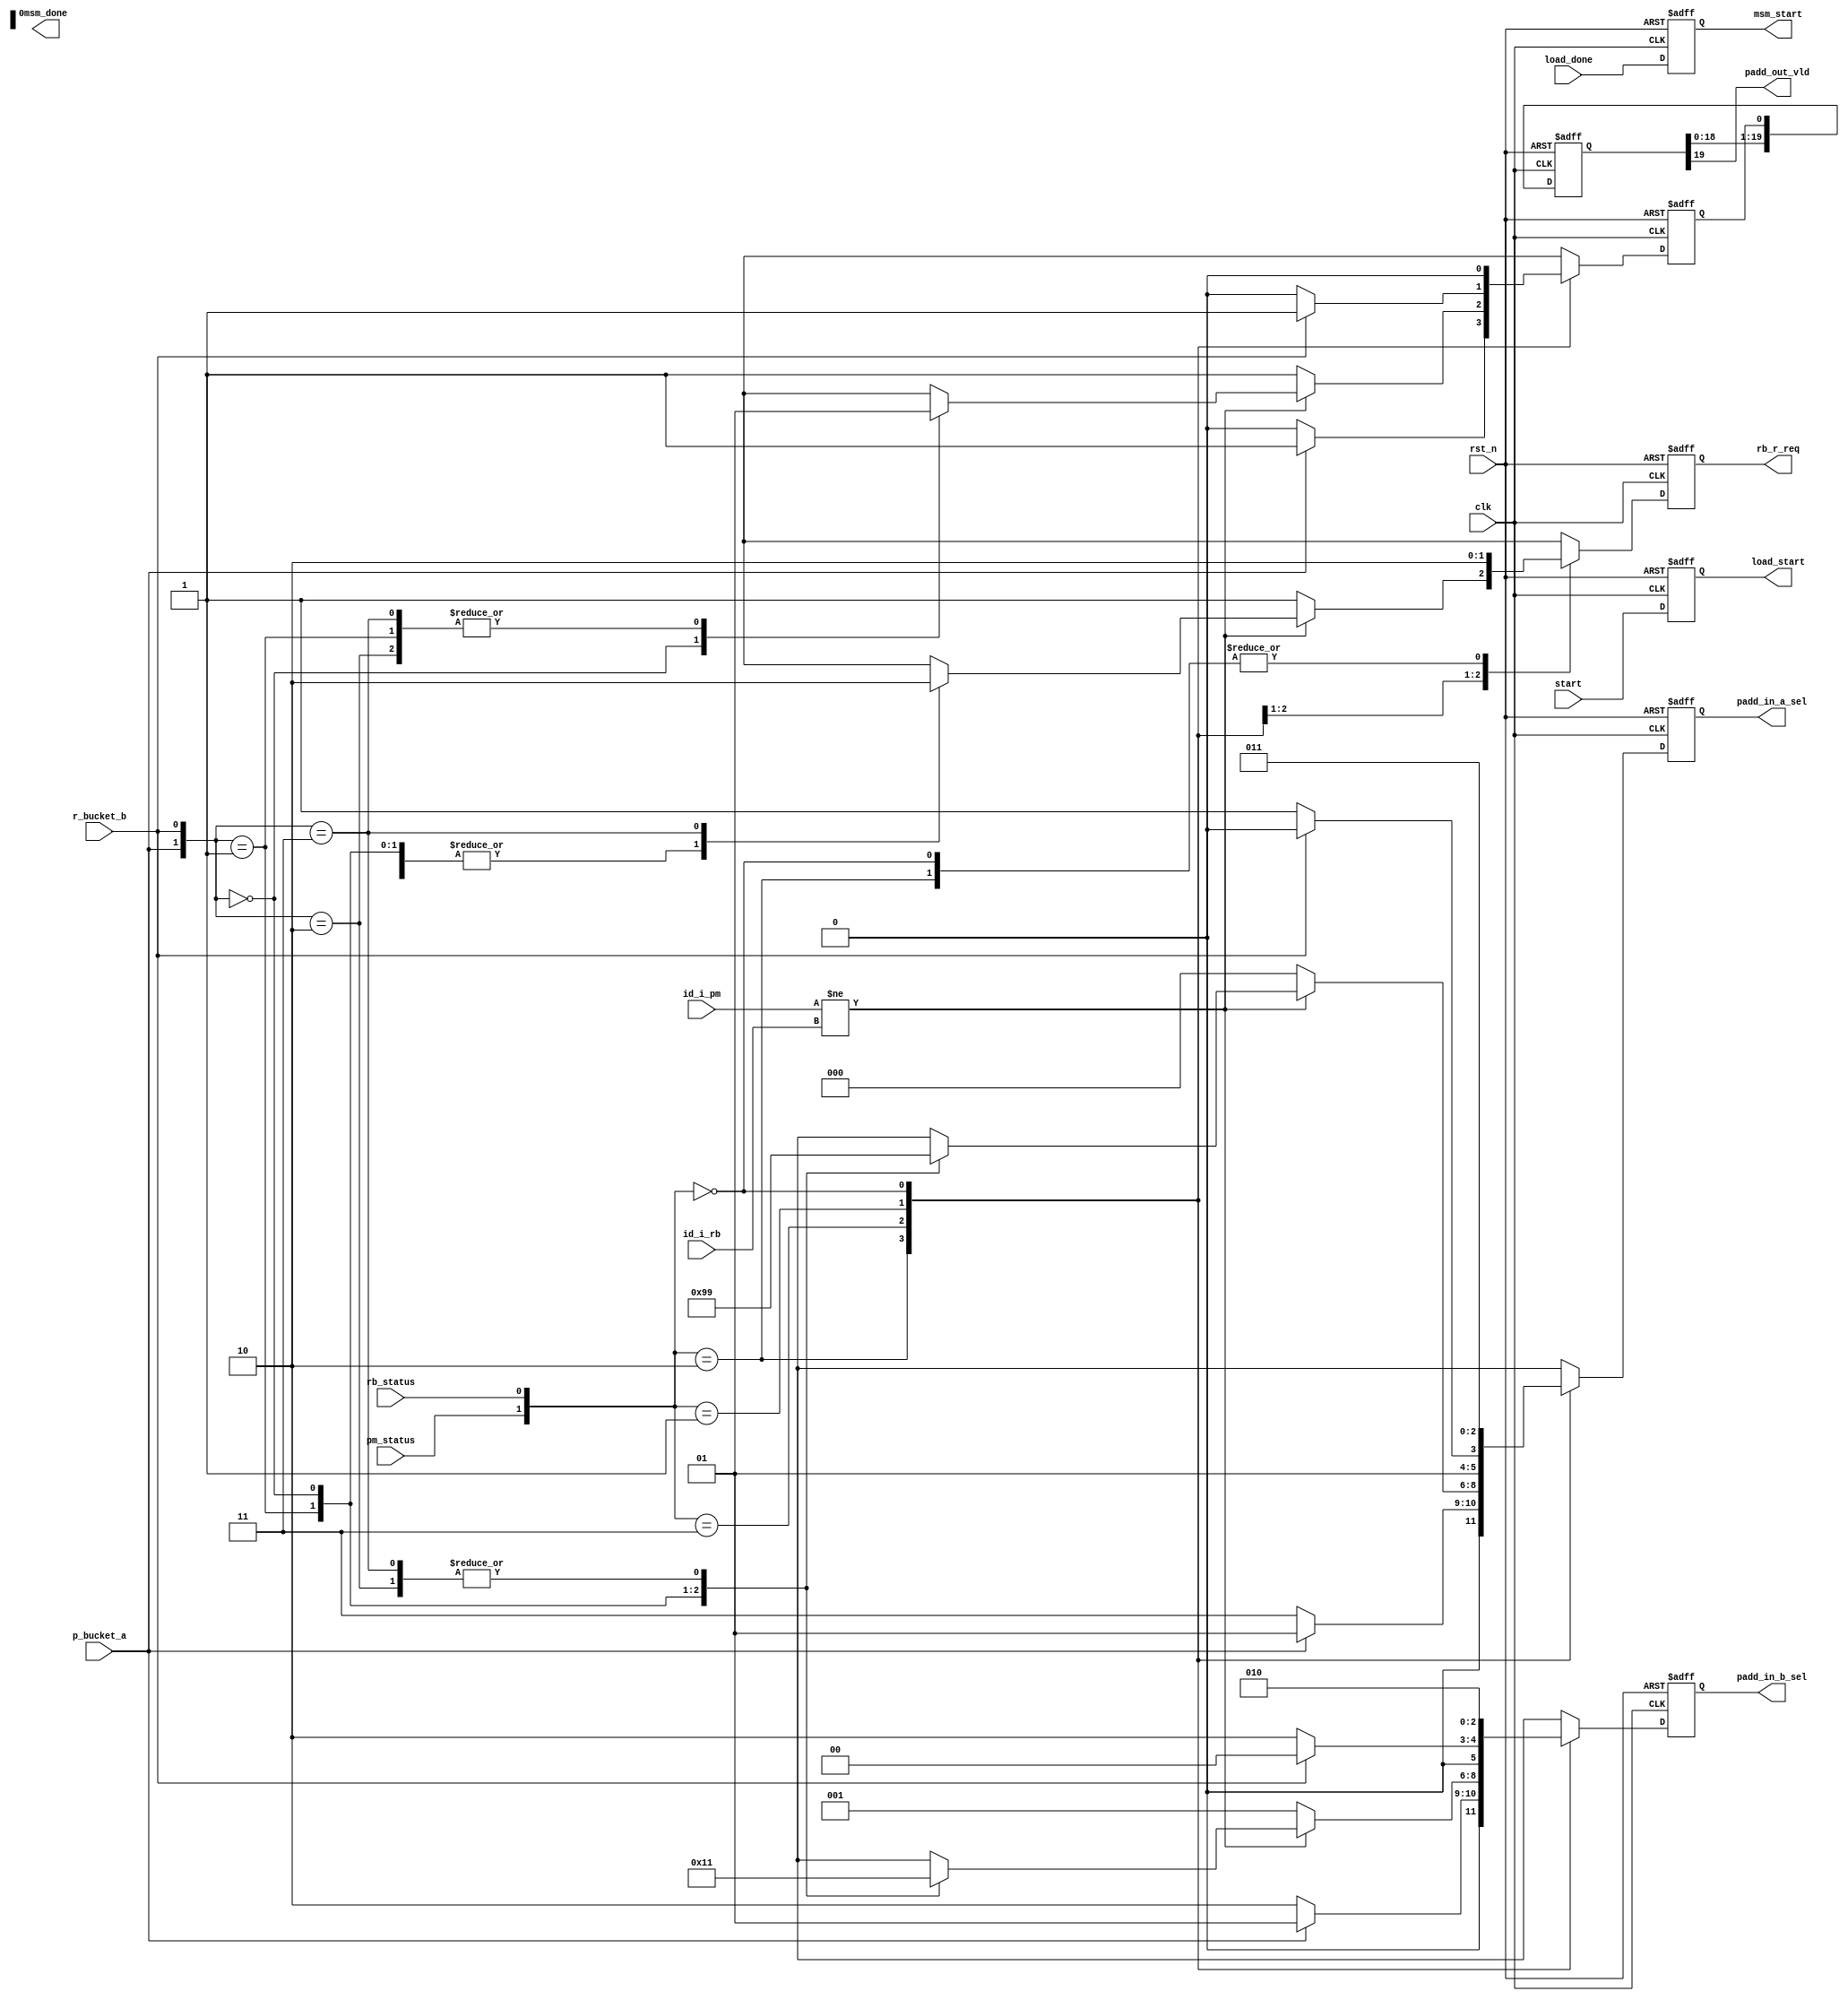
module msm_ctrl#(parameter WIDTH_ID = 2, parameter WIDTH_DATA = 384, parameter P_NUM = 16, parameter PADD_LATENCY = 21)(
    input                     clk            ,
    input                     rst_n          ,
    input                     start          , //start loading
    input                     load_done      ,
    input      [WIDTH_ID-1:0] id_i_pm        , //id from point_mem
    input      [WIDTH_ID-1:0] id_i_rb        , //id from result_buffer
    input                     p_bucket_a     ,
    input                     r_bucket_b     ,
    input                     pm_status      ,
    input                     rb_status      ,
    output reg                msm_start      ,
    output reg                load_start     ,
    //output                    bucket_in_sel  , //not necessary
    output                    msm_done       ,
    output                    padd_out_vld   , //indicates when result buffer should write this data in
    output reg                rb_r_req       , //indicates when result buffer should read a data out
    output reg [         2:0] padd_in_a_sel  , //padd_in_sel0
    output reg [         2:0] padd_in_b_sel    //padd_in_sel1
);
    integer i;
    reg [PADD_LATENCY-1:0] padd_out_vld_r;
    always @ (posedge clk or negedge rst_n) begin //padd_out_vld_r[0],means input vld
        if (!rst_n) begin                 padd_out_vld_r[0]<=0; rb_r_req <= 0;  end
        else begin
            case({pm_status, rb_status})
                2'b 10: begin //case0a and case0b
                    if(p_bucket_a) begin  padd_out_vld_r[0]<=1; rb_r_req <= 0;  end //case0b
                    else           begin  padd_out_vld_r[0]<=0; rb_r_req <= 0;  end //case0a
                end
                2'b 11:begin //case1 and case2(a,b,c,d)
                    if (id_i_pm != id_i_rb) begin //case2(a,b,c,d)
                        case({p_bucket_a, r_bucket_b})
                            2'b 10: begin padd_out_vld_r[0]<=1; rb_r_req <= 1;  end //case2a
                            2'b 01: begin padd_out_vld_r[0]<=1; rb_r_req <= 1;  end //case2b
                            2'b 00: begin padd_out_vld_r[0]<=0; rb_r_req <= 1;  end //case2c
                            2'b 11: begin padd_out_vld_r[0]<=1; rb_r_req <= 0;  end //case2d
                        endcase
                    end
                    else begin            padd_out_vld_r[0]<=1; rb_r_req <= 1;  end //case1
                end
                2'b 01: begin 
                    if (r_bucket_b) begin padd_out_vld_r[0]<=1; rb_r_req <= 1;  end //case3b
                    else            begin padd_out_vld_r[0]<=0; rb_r_req <= 1;  end //case3a
                end
                2'b 00: begin             padd_out_vld_r[0]<=0; rb_r_req <= 0;  end //case4
                default:begin             padd_out_vld_r[0]<=0; rb_r_req <= 0;  end
            endcase
        end
    end
    always@(posedge clk or negedge rst_n) begin //padd_out_vld_r[1] ~ padd_out_vld_r[PADD_LATENCY-1]
        if(!rst_n) padd_out_vld_r[PADD_LATENCY-1:1]<=0;
        else begin
            for(i=1;i<=PADD_LATENCY-1;i=i+1) begin
                padd_out_vld_r[i] <= padd_out_vld_r[i-1];
            end
        end
    end
    assign padd_out_vld =  padd_out_vld_r[PADD_LATENCY-1];
    always@(posedge clk or negedge rst_n)begin //msm start after load_done pulse from point_mem_ctrl(finish loading)
        if(!rst_n)msm_start<=0;
        else      msm_start<=load_done;
    end
    always@(posedge clk or negedge rst_n)begin //load_start after start pulse from outside
        if(!rst_n)load_start<=0;
        else      load_start<=start;
    end
    //bucket_in_sel:(dual port sram has two input ports and tow output ports, dont need sel here)
    //padd_in_a_sel:  0:from result buffer; 1:from bucket_a; 2:from bucket_b; 3:bubble
    //padd_in_b_sel:  0:from result buffer; 1:from point_mem; 2:bubble
    always @ (posedge clk or negedge rst_n) begin //w_en_bucket_b and w_addr_bucket_b
        if (!rst_n) begin padd_in_a_sel <= 3'd 0; padd_in_b_sel <= 3'd 0; end
        else begin
            case({pm_status, rb_status})
                2'b 10: begin //case0a and case0b
                    if(p_bucket_a) begin padd_in_a_sel <= 3'd 1; padd_in_b_sel <= 3'd 1     ; end //case0b
                    else           begin padd_in_a_sel <= 3'd 3; padd_in_b_sel <= 3'd 2     ; end //case0a
                end
                2'b 11:begin //case1 and case2(a,b,c,d)
                    if (id_i_pm != id_i_rb) begin //case2(a,b,c,d)
                        case({p_bucket_a, r_bucket_b})
                            2'b 10: begin padd_in_a_sel <= 3'd 1; padd_in_b_sel <= 3'd 1     ; end //case2a
                            2'b 01: begin padd_in_a_sel <= 3'd 2; padd_in_b_sel <= 3'd 0     ; end //case2b
                            2'b 00: begin padd_in_a_sel <= 3'd 3; padd_in_b_sel <= 3'd 2     ; end //case2c
                            2'b 11: begin padd_in_a_sel <= 3'd 1; padd_in_b_sel <= 3'd 1     ; end //case2d
                        endcase
                    end
                    else begin padd_in_a_sel <= 3'd 0; padd_in_b_sel <= 3'd 1     ; end //case1
                end
                2'b 01: begin 
                    if (r_bucket_b) begin padd_in_a_sel <= 3'd 2; padd_in_b_sel <= 3'd 0     ; end //case3b
                    else            begin padd_in_a_sel <= 3'd 3; padd_in_b_sel <= 3'd 2     ; end //case3a
                end
                2'b 00: begin padd_in_a_sel <= 3'd 3; padd_in_b_sel <= 3'd 2     ; end //case4
                default:begin padd_in_a_sel <= 3'd 3; padd_in_b_sel <= 3'd 2     ; end
            endcase
        end
    end
endmodule